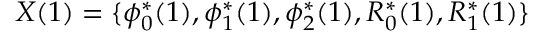
X ( 1 ) = \{ \phi _ { 0 } ^ { * } ( 1 ) , \phi _ { 1 } ^ { * } ( 1 ) , \phi _ { 2 } ^ { * } ( 1 ) , R _ { 0 } ^ { * } ( 1 ) , R _ { 1 } ^ { * } ( 1 ) \}